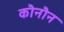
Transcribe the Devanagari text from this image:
कौनौन